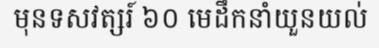
មុនទសវត្សរ៍ ៦០ មេដឹកនាំយួនយល់